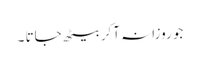
جو روزانہ آکر بیٹھ جاتا ۔